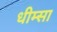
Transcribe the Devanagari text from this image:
धीम्सा